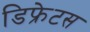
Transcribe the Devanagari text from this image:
डिफ्रेटस